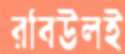
রবিউলই